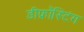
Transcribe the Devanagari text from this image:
डीफ्रॉस्टिंग